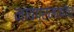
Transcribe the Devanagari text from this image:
नावप्रमाणेच